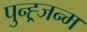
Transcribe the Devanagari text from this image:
पुन्ह्र्जन्म